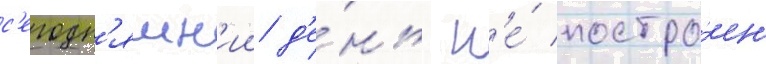
с'егодн'яшн'ии д'е́нь н'е́ постро́ен